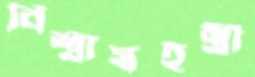
বিশ্বাসহন্ত্রী